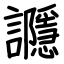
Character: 讔